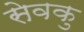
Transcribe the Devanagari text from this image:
सेवकु